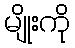
မျိုးကို